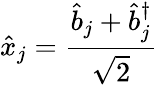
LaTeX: \hat{x}_{j}=\frac{\hat{b}_{j}+\hat{b}_{j}^{\dagger}}{\sqrt{2}}